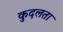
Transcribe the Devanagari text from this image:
कुदलता